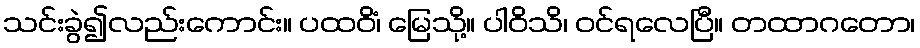
သင်းခွဲ၍လည်းကောင်း။ ပထဝိံ၊ မြေသို့။ ပါဝိသိ၊ ဝင်ရလေပြီ။ တထာဂတော၊